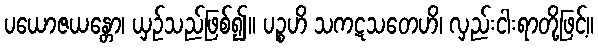
ပယောဇယန္တော၊ ယှဉ်သည်ဖြစ်၍။ ပဉ္စဟိ သကဋသတေဟိ၊ လှည်းငါးရာတို့ဖြင့်။